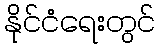
နိုင်ငံရေးတွင်